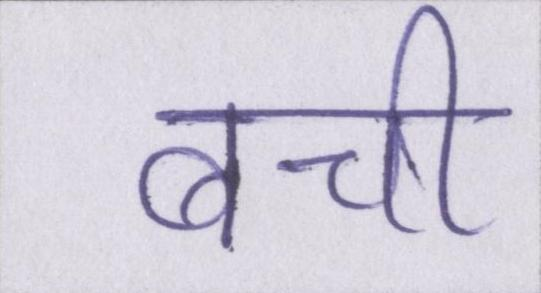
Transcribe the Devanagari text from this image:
बची